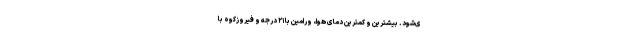
ی‌شود. بیشترین و کمترین دمای هوا، ورامین با ۲۱ درجه و فیروزکوه با